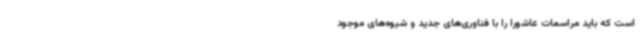
است که باید مراسمات عاشورا را با فناوری‌های جدید و شیوه‌های موجود